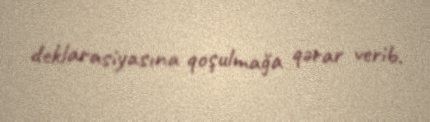
deklarasiyasına qoşulmağa qərar verib.